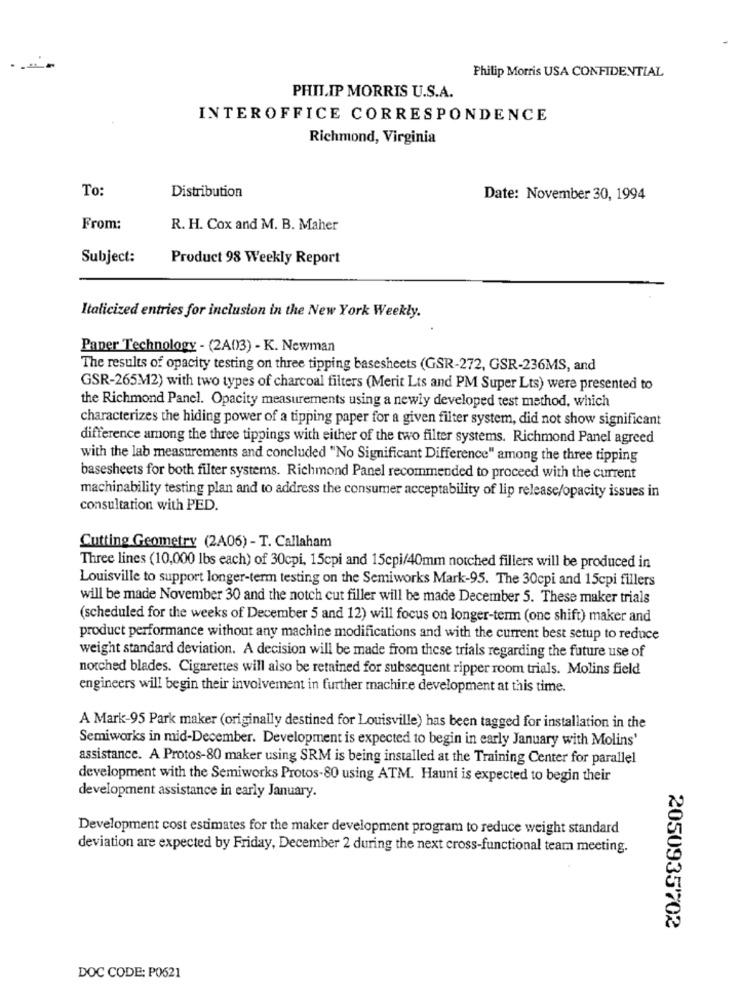
Philip Morris USA CONFIDENTIAL
PHILIP MORRIS U.S.A.
INTEROFFICE CORRESPONDENCE
Richmond, Virginia
To:
Distribution
Date: November 30, 1994
From:
R. H. Cox and M. B. Maher
Subject:
Product 98 Weekly Report
Italicized entries for inclusion in the New York Weekly.
Paper Technology - (2A03) - K. Newman
The results of opacity testing on three tipping basesheets (GSR-272, GSR-236MS, and
GSR-265M12) with two types of charcoal filters (Merit Lts and PM Super Lts) were presented to
the Richmond Panel. Opacity measurements using a newly developed test method, which
characterizes the hiding power of a tipping paper for a given filter system, did not show significant
difference among the three tippings with either of the two filter systems. Richmond Panel agreed
with the lab measurements and concluded "No Significant Difference" among the three tipping
basesheets for both filter systems. Richmond Panel recommended to proceed with the current
machinability testing plan and to address the consumer acceptability of lip release/opacity issues in
consultation with PED.
Cutting Geometry (2A06) - T. Callaham
Three lines (10,000 lbs each) of 30cpi, 15cpi and 15cpi/40mm notched fillers will be produced in
Louisville to support longer-term testing on the Semiworks Mark-95. The 30cpi and 15cpi fillers
will be made November 30 and the notch cut filler will be made December 5. These maker trials
(scheduled for the weeks of December 5 and 12) will focus on longer-term (one shift) maker and
product performance without any machine modifications and with the current best setup to reduce
weight standard deviation. A decision will be made from these trials regarding the future use of
notched blades. Cigarettes will also be retained for subsequent ripper room trials. Molins field
engineers will begin their involvement in further machine development at this time.
A Mark-95 Park maker (originally destined for Louisville) has been tagged for installation in the
Semiworks in mid-December. Development is expected to begin in early January with Molins'
assistance. A Protos-80 maker using SRM is being installed at the Training Center for parallel
development with the Semiworks Protos-80 using ATM. Hauni is expected to begin their
development assistance in early January.
Development cost estimates for the maker development program to reduce weight standard
deviation are expected by Friday, December 2 during the next cross-functional team meeting.
2050935'702
DOC CODE: P0621